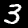
Digit: 3